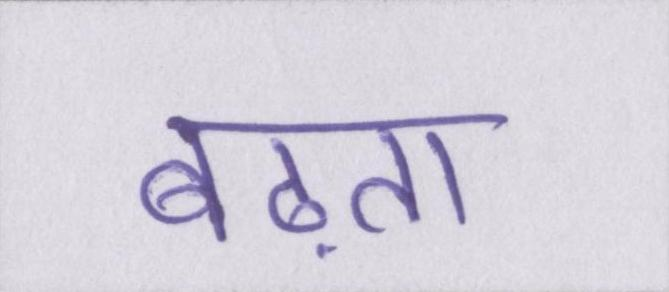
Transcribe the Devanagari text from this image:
बढ़ता